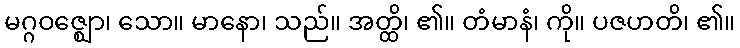
မဂ္ဂဝဇ္ဈော၊ သော။ မာနော၊ သည်။ အတ္ထိ၊ ၏။ တံမာနံ၊ ကို။ ပဇဟတိ၊ ၏။